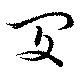
閔